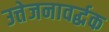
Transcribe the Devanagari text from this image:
उत्तेजनावर्द्धक